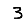
Digit: 3